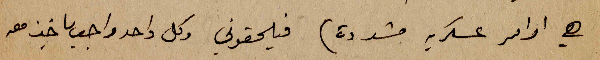
هي اوامر عسكرية مشددة) فيلحقوني وكل واحد واجب ياخد معه